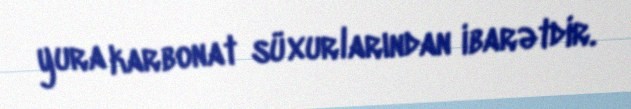
yura karbonat süxurlarından ibarətdir.